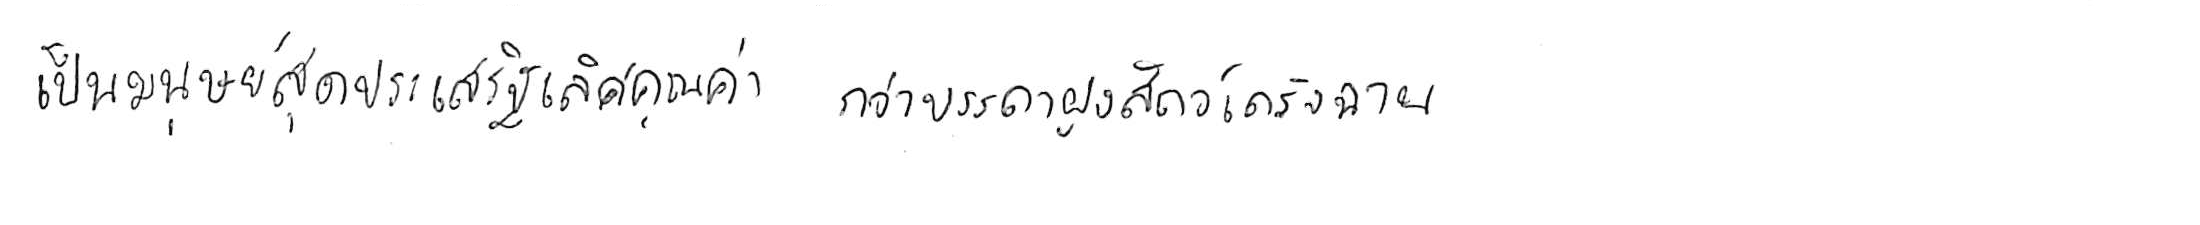
เป็นมนุษย์สุดประเสริฐเลิศคุณค่า กว่าบรรดาฝูงสัตว์เดรัจฉาน